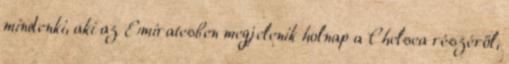
mindenki, aki az Emiratesben megjelenik holnap a Chelsea részéről,